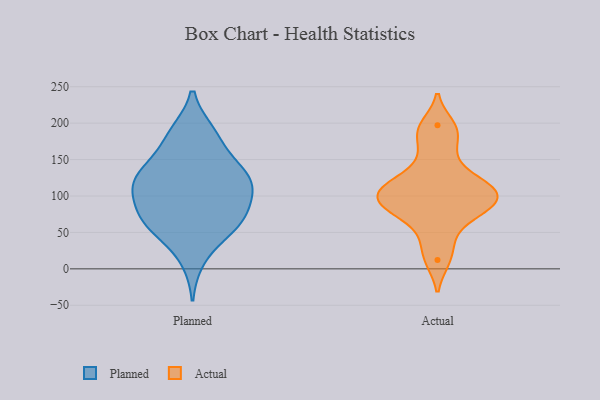
{"axis": {"x": "Bounce Rate (%)", "y": "Value"}, "legend": ["Actual", "Planned"], "data": [{"x": "", "y": 75, "type": "Planned"}, {"x": "", "y": 130, "type": "Planned"}, {"x": "", "y": 77, "type": "Planned"}, {"x": "", "y": 93, "type": "Planned"}, {"x": "", "y": 54, "type": "Planned"}, {"x": "", "y": 137, "type": "Planned"}, {"x": "", "y": 141, "type": "Planned"}, {"x": "", "y": 115, "type": "Planned"}, {"x": "", "y": 110, "type": "Planned"}, {"x": "", "y": 187, "type": "Planned"}, {"x": "", "y": 187, "type": "Planned"}, {"x": "", "y": 130, "type": "Planned"}, {"x": "", "y": 13, "type": "Planned"}, {"x": "", "y": 176, "type": "Planned"}, {"x": "", "y": 63, "type": "Planned"}, {"x": "", "y": 114, "type": "Planned"}, {"x": "", "y": 58, "type": "Planned"}, {"x": "", "y": 58, "type": "Planned"}, {"x": "", "y": 108, "type": "Planned"}, {"x": "", "y": 110, "type": "Actual"}, {"x": "", "y": 82, "type": "Actual"}, {"x": "", "y": 90, "type": "Actual"}, {"x": "", "y": 183, "type": "Actual"}, {"x": "", "y": 152, "type": "Actual"}, {"x": "", "y": 118, "type": "Actual"}, {"x": "", "y": 42, "type": "Actual"}, {"x": "", "y": 12, "type": "Actual"}, {"x": "", "y": 108, "type": "Actual"}, {"x": "", "y": 197, "type": "Actual"}, {"x": "", "y": 88, "type": "Actual"}, {"x": "", "y": 115, "type": "Actual"}, {"x": "", "y": 77, "type": "Actual"}]}